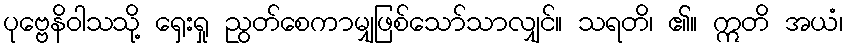
ပုဗ္ဗေနိဝါသသို့ ရှေးရှု ညွတ်စေကာမျှဖြစ်သော်သာလျှင်။ သရတိ၊ ၏။ ဣတိ အယံ၊